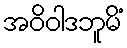
အဝိဝါဒဘူမိံ